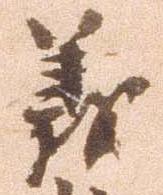
義